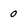
Character: 0